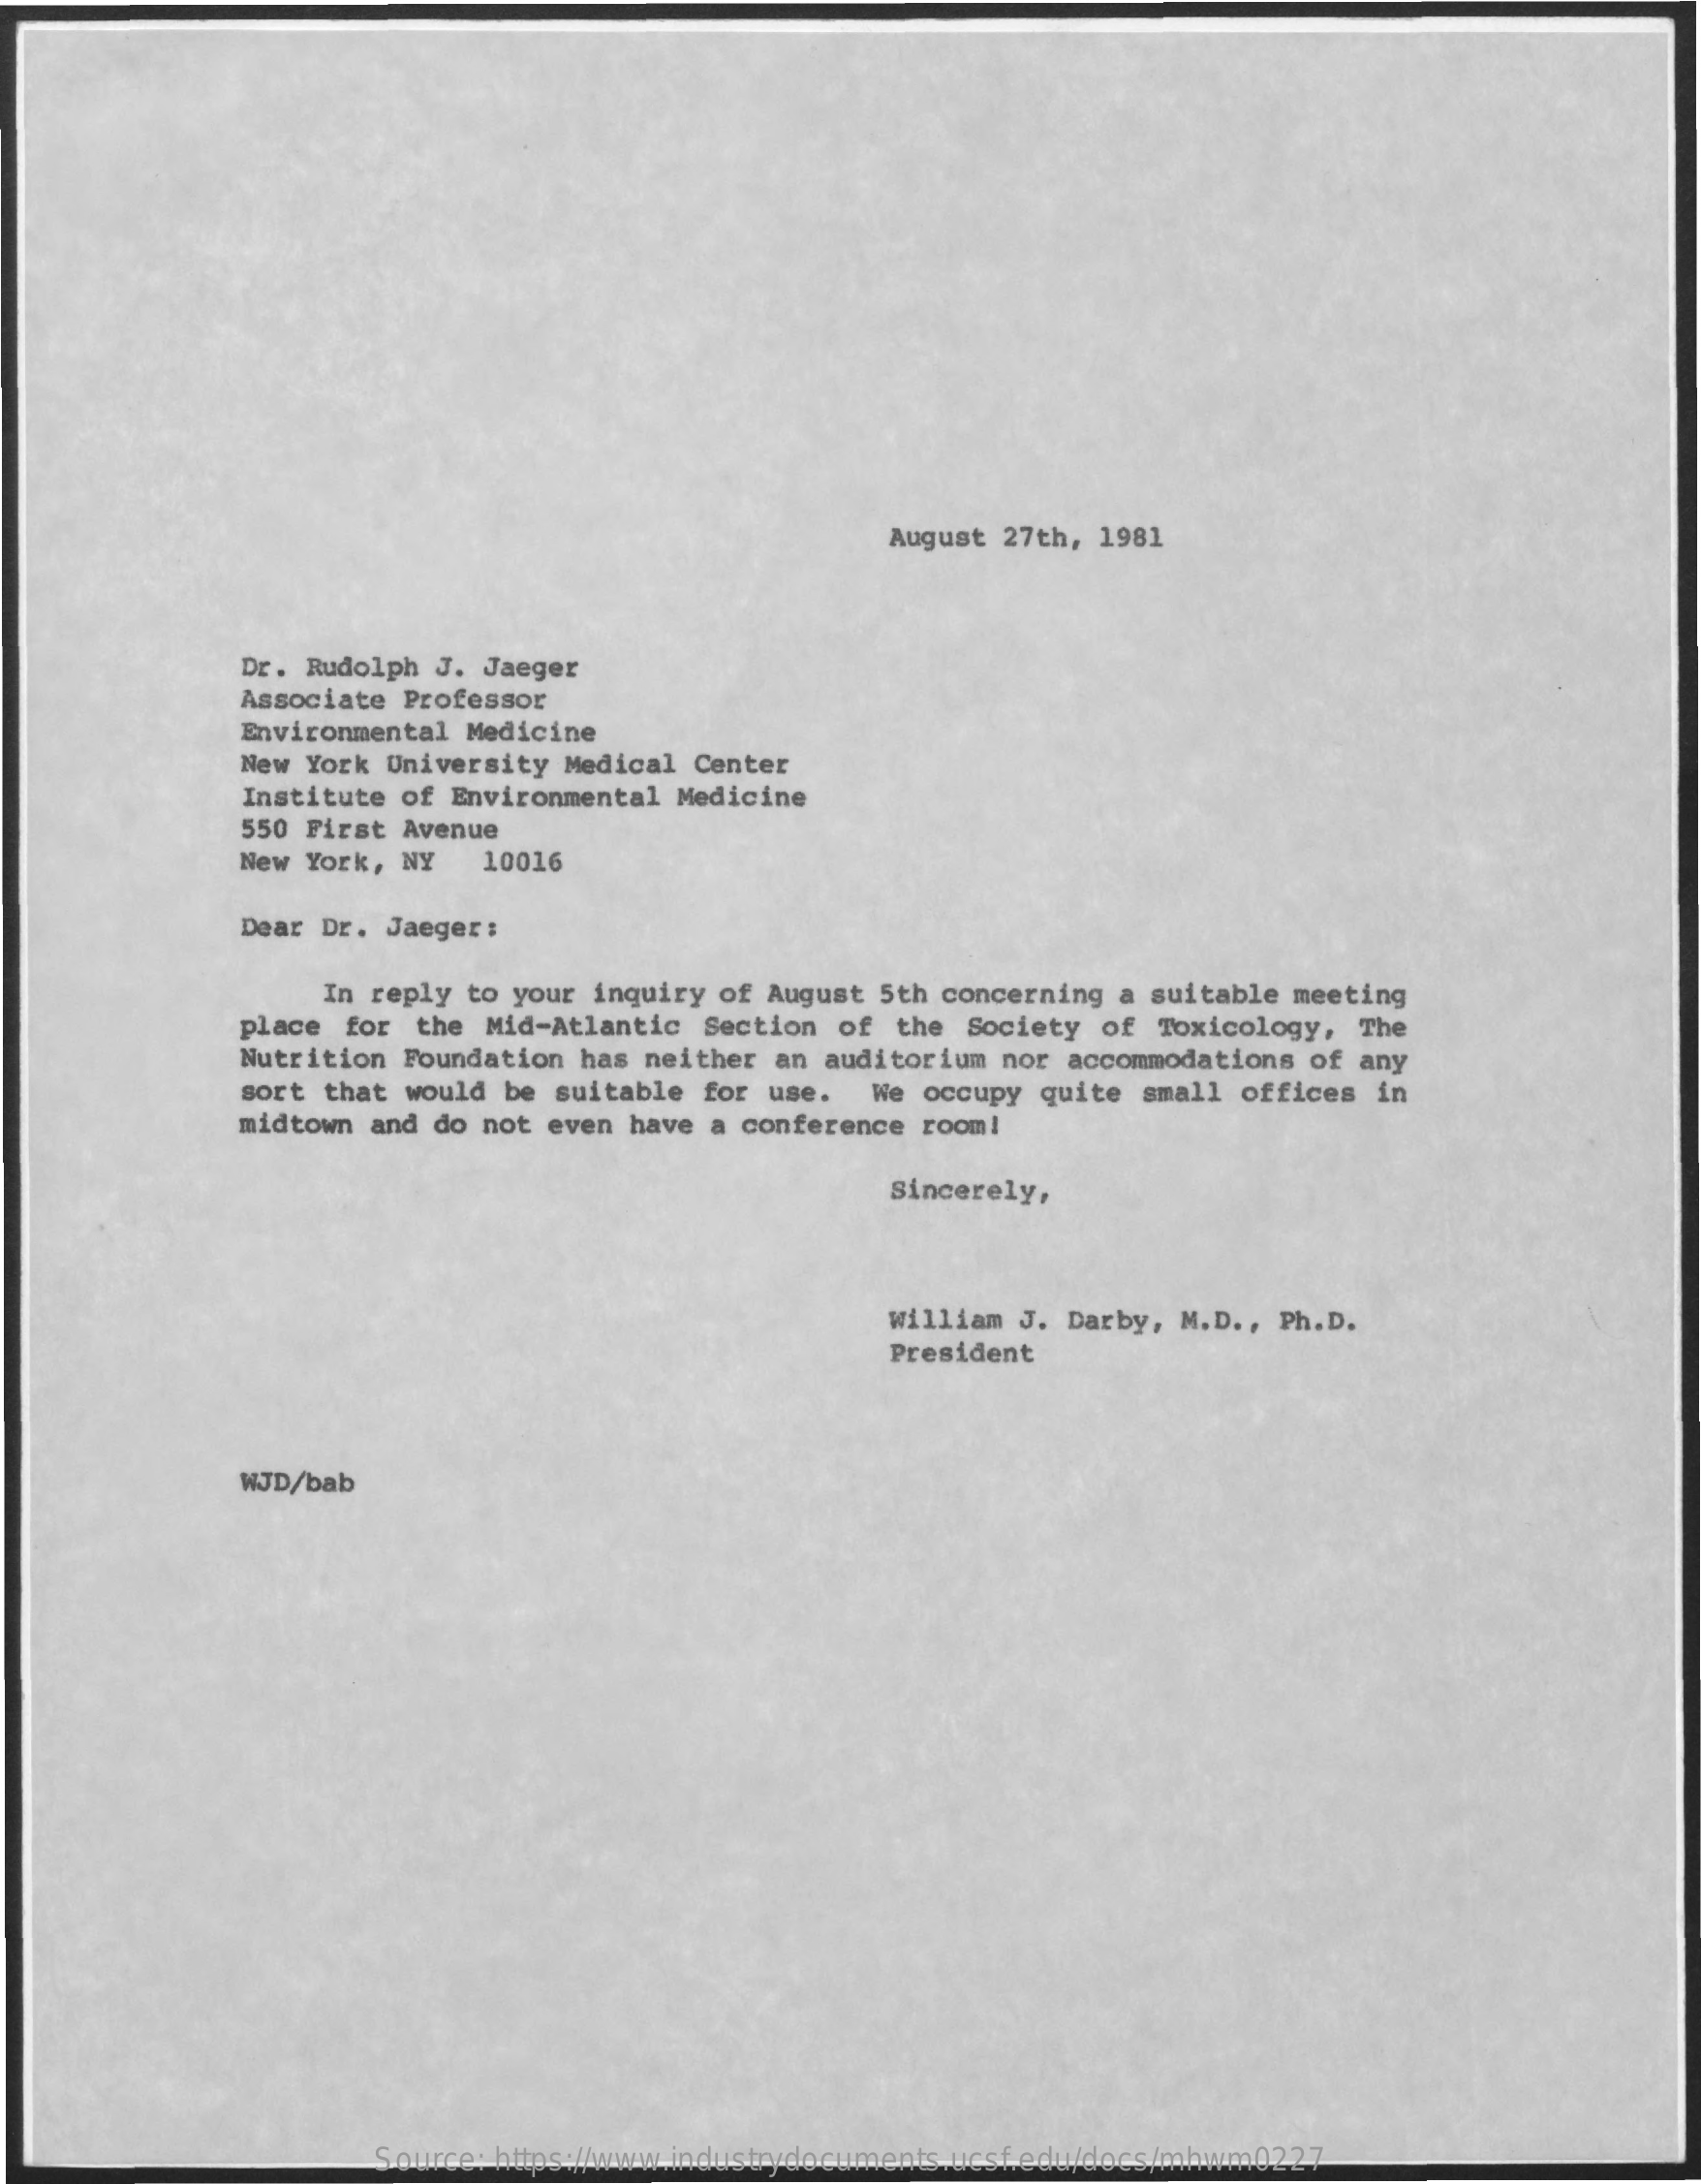
August 27th, 1981
     Dr. Rudolph J. Jaeger
     Associate Professor
     Environmental Medicine
     New York University Medical Center
     Institute of Environmental Medicine
     550 First Avenue
     New York, NY 10016
     Dear Dr. Jaeger:
     In reply to your inquiry of August 5th concerning a suitable meeting
     place for the Mid-Atlantic Section of the Society of Toxicology, The
     Nutrition Foundation has neither an auditorium nor accommodations of any
     sort that would be suitable for use. We occupy quite small offices in
     midtown and do not even have a conference room!
     Sincerely,
     william J. Darby, M.D ., Ph.D.
     President
     WJD/bab
     Source: https://www.industrydocuments.ucsf.edu/docs/mhwm0227